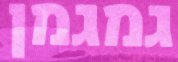
גמגמן